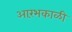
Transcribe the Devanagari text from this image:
आरंभकाळी